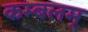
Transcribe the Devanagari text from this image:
कम्बलम्